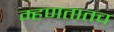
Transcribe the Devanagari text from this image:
म्हणतातच